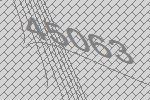
45063